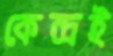
কেন্দ্রই